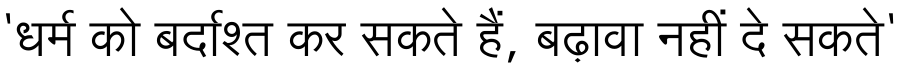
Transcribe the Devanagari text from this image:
'धर्म को बर्दाश्त कर सकते हैं, बढ़ावा नहीं दे सकते'